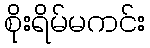
စိုးရိမ်မကင်း